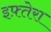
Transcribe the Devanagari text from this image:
इफ़्तेरा